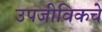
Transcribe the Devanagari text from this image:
उपजीविकचे